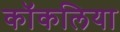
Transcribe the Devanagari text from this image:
कॉकलिया